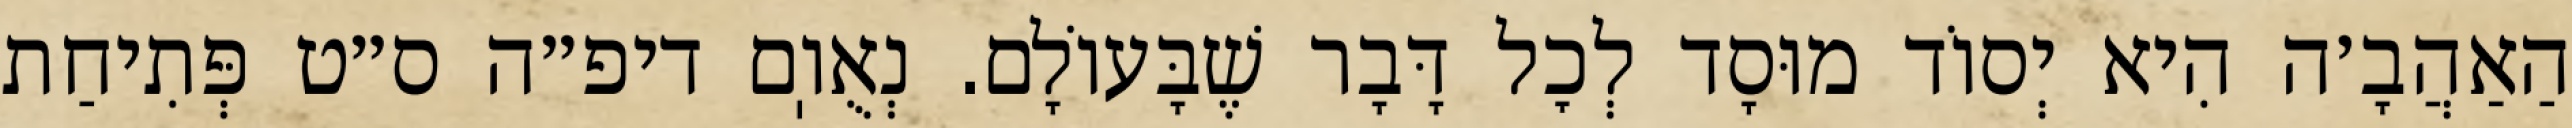
הַאַהֲבָ׳ה הִיא יְסוֹד מוּסָד לְכׇל דָּבָר שֶׁבָּעוֹלָם. נְאֻוֽם דיפ״ה ס״ט פְּתִיחַת